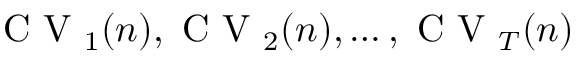
\mathrm { ~ C ~ V ~ } _ { 1 } ( n ) , \mathrm { ~ C ~ V ~ } _ { 2 } ( n ) , \hdots , \mathrm { ~ C ~ V ~ } _ { T } ( n )